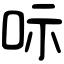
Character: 呩